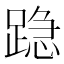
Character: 𰸣